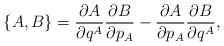
LaTeX: \begin{align*}\{ A,B \} = \frac{\partial A}{\partial q^A}\frac{\partial B}{\partial p_A} - \frac{\partial A}{\partial p_A}\frac{\partial B}{\partial q^A}, \end{align*}